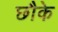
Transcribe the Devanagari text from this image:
छौके